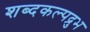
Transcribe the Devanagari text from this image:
शब्दकल्पद्रुभ